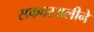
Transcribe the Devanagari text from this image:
सफदरअलीने